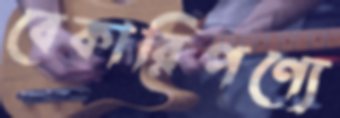
বেকারিপণ্যে